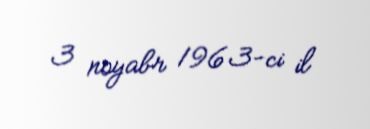
3 noyabr 1963-ci il